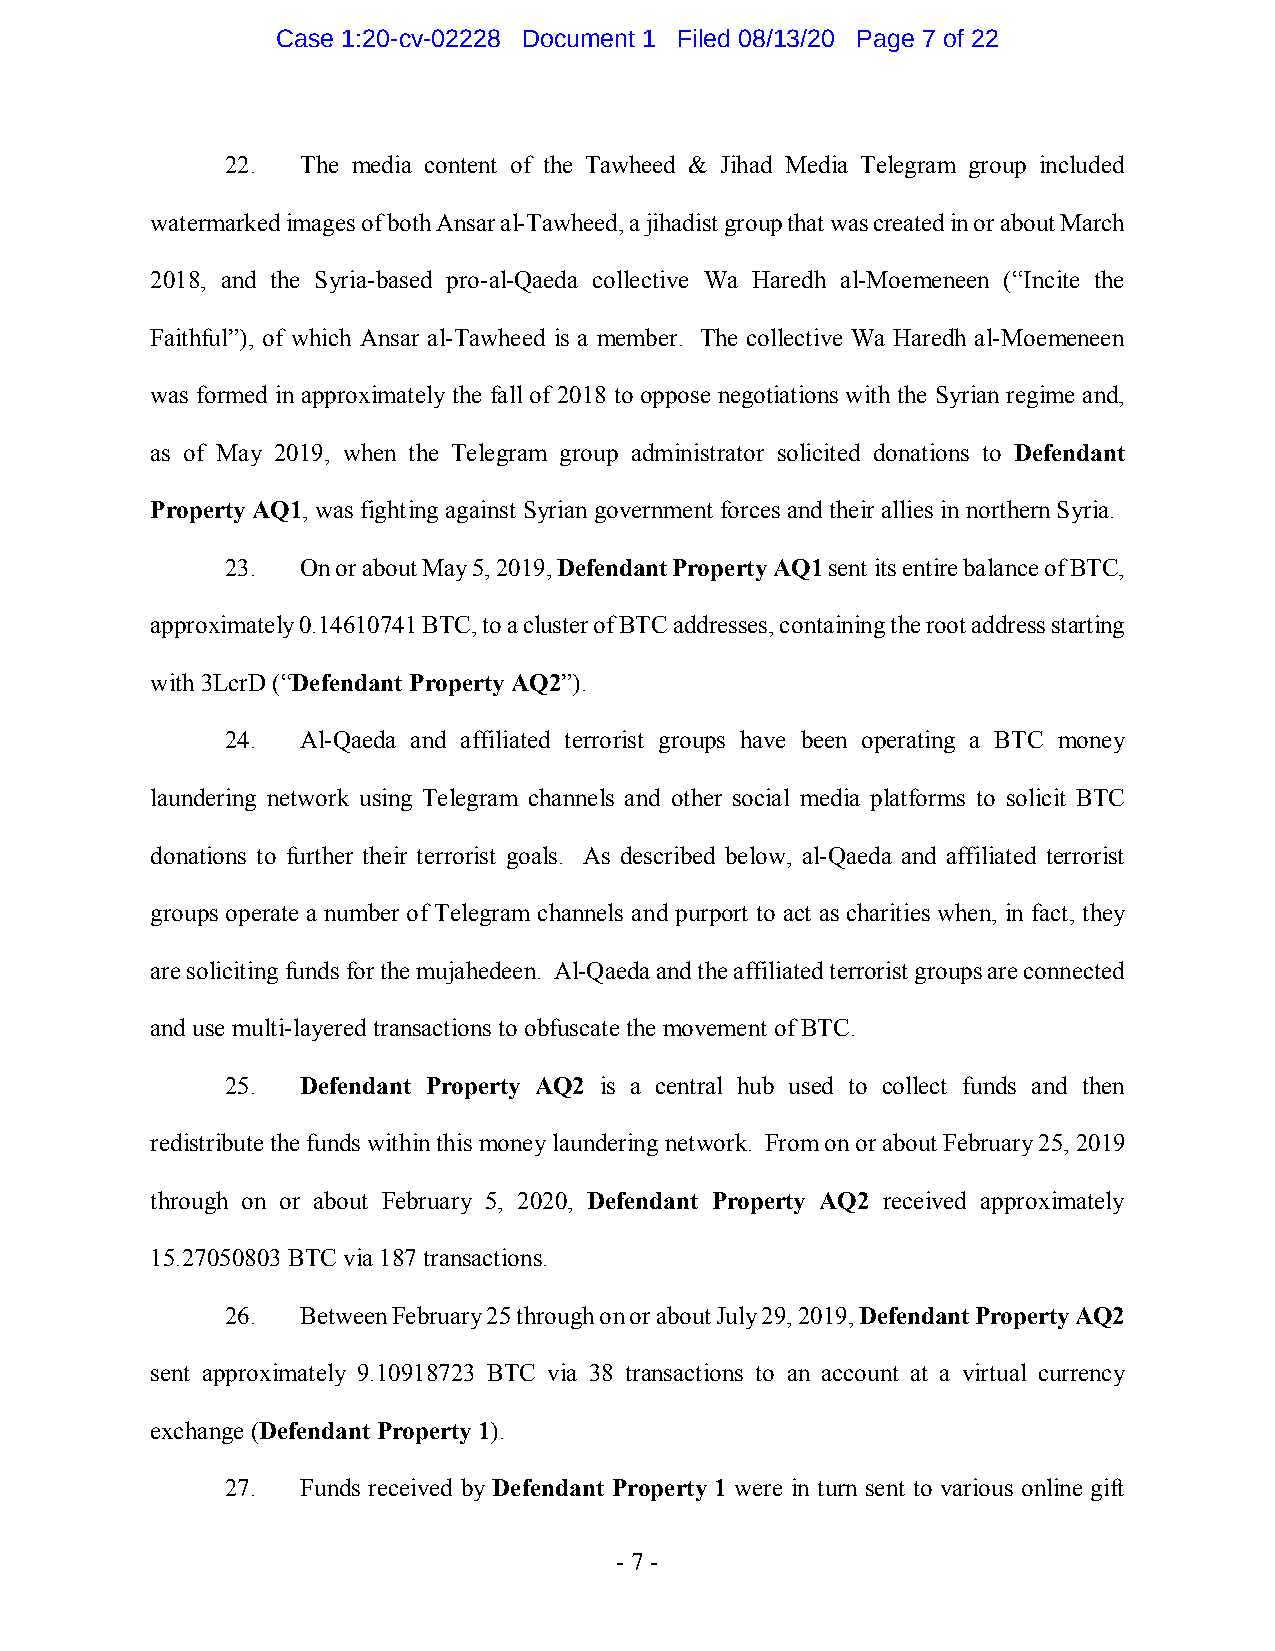
Case 1:20-cv-02228 Document 1 Filed 08/13/20 Page 7 of 22
 22.  The media content of the Tawheed & Jihad Media Telegram group included
 watermarked images of both Ansar al-Tawheed, a jihadist group that was created in or about March
 2018, and the Syria-based pro-al-Qaeda collective Wa Haredh al-Moemeneen (“Incite the
 Faithful”), of which Ansar al-Tawheed is a member. The collective Wa Haredh al-Moemeneen
 was formed in approximately the fall of 2018 to oppose negotiations with the Syrian regime and,
 as of May 2019, when the Telegram group administrator solicited donations to Defendant
 Property AQ1, was fighting against Syrian government forces and their allies in northern Syria.
 23.  On or about May 5, 2019, Defendant Property AQ1 sent its entire balance of BTC,
 approximately 0.14610741 BTC, to a cluster of BTC addresses, containing the root address starting
 with 3LcrD (“Defendant Property AQ2”).
 24.  Al-Qaeda and affiliated terrorist groups have been operating a BTC money
 laundering network using Telegram channels and other social media platforms to solicit BTC
 donations to further their terrorist goals. As described below, al-Qaeda and affiliated terrorist
 groups operate a number of Telegram channels and purport to act as charities when, in fact, they
 are soliciting funds for the mujahedeen. Al-Qaeda and the affiliated terrorist groups are connected
 and use multi-layered transactions to obfuscate the movement of BTC.
 25.  Defendant Property AQ2 is a central hub used to collect funds and then
 redistribute the funds within this money laundering network. From on or about February 25, 2019
 through on or about February 5, 2020, Defendant Property AQ2 received approximately
 15.27050803 BTC via 187 transactions.
 26.  Between February 25 through on or about July 29, 2019, Defendant Property AQ2
 sent approximately 9.10918723 BTC via 38 transactions to an account at a virtual currency
 exchange (Defendant Property 1).
 27.  Funds received by Defendant Property 1 were in turn sent to various online gift
 - 7 -